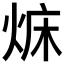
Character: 𤉜